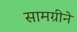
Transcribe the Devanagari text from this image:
सामग्रीने